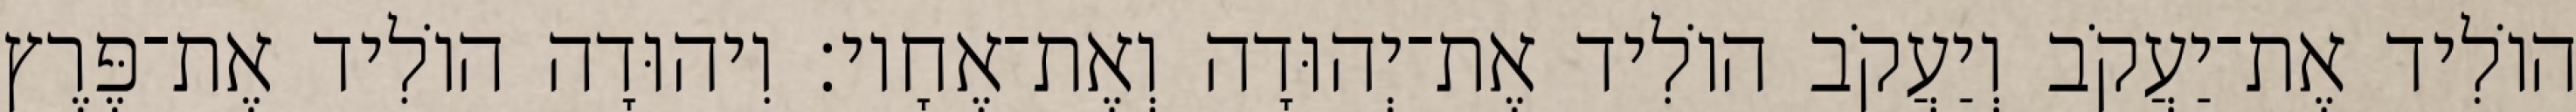
הוֹלִיד אֶת־יַעֲקֹב וְיַעֲקֹב הוֹלִיד אֶת־יְהוּדָה וְאֶת־אֶחָיו׃ וִיהוּדָה הוֹלִיד אֶת־פֶּרֶץ